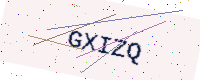
Text: GXIZQ